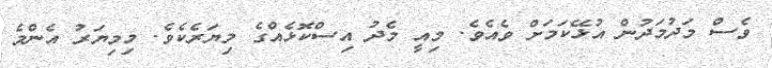
ވެސް މަދުމަދުން އުޅޭކަމަށް ވެއެވެ. މިއީ މެދު އިސްކޮޅެއްގެ މިޔަރެކެވެ. މިމިޔަރު އެންމެ